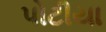
પોટીયા